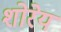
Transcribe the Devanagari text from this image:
शोरेय